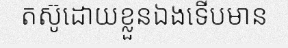
តស៊ូដោយខ្លួនឯងទើបមាន